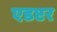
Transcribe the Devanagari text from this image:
एडप्टर